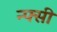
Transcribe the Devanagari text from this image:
न्फ्सी